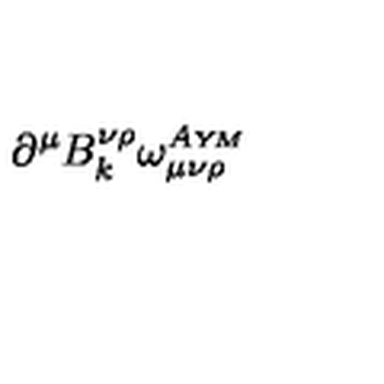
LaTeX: \partial ^ { \mu } B _ { k } ^ { \nu \rho } \omega _ { \mu \nu \rho } ^ { A \scriptscriptstyle { Y \! M } }